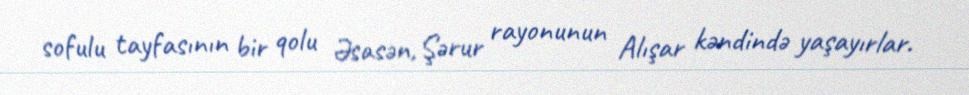
sofulu tayfasının bir qolu Əsasən, Şərur rayonunun Alışar kəndində yaşayırlar.